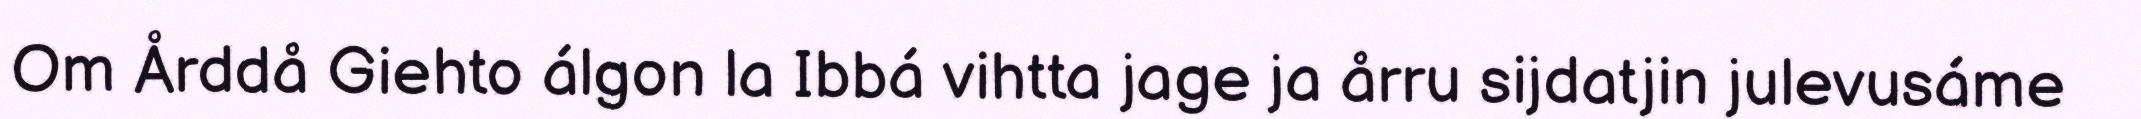
Om Årddå Giehto álgon la Ibbá vihtta jage ja årru sijdatjin julevusáme